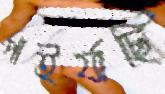
পাইর্যাছি